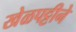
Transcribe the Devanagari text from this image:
खेळपट्टीने